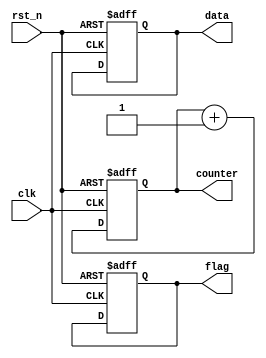
module default_state_initialization (
    input wire clk,          // Clock signal
    input wire rst_n,       // Active-low reset signal
    output reg [7:0] counter, // 8-bit counter
    output reg flag,        // Status flag
    output reg [15:0] data  // 16-bit output data
);

// Default state initialization
always @(posedge clk or negedge rst_n) begin
    if (!rst_n) begin
        // Reset state variables to default values
        counter <= 8'b0;      // Reset counter to 0
        flag <= 1'b0;         // Set flag to inactive state (low)
        data <= 16'b0;        // Assign default value to data
    end else begin
        // Normal operation (example logic)
        counter <= counter + 1; // Increment counter
        // Additional logic for flag and data can be added here
    end
end

endmodule